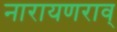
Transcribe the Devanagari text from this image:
नारायणराव्